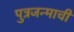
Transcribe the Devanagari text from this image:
पुत्रजन्माची